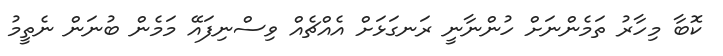
ކޮބާ މިހާރު ތަމެންނަށް ހުންނާނީ ރަނގަޅަށް އެއްޗެއް ވިސްނިފައޭ މަމެން ބުނަން ނެތީމު